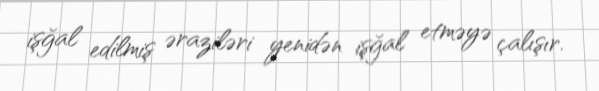
işğal edilmiş əraziləri yenidən işğal etməyə çalışır.